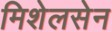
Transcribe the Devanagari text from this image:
मिशेलसेन